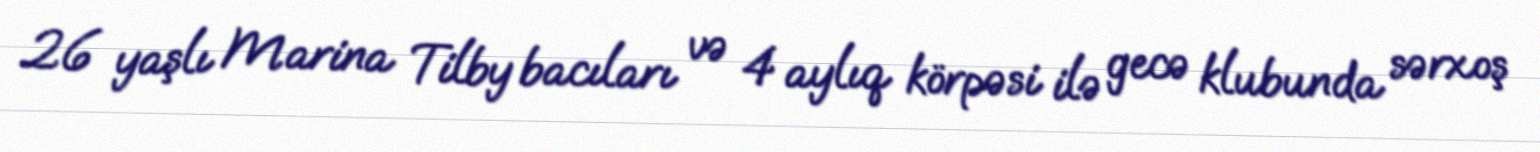
26 yaşlı Marina Tilby bacıları və 4 aylıq körpəsi ilə gecə klubunda sərxoş